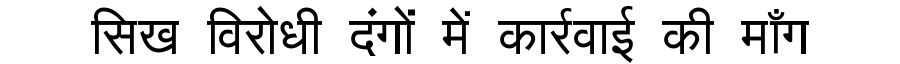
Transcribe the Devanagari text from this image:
सिख विरोधी दंगों में कार्रवाई की माँग